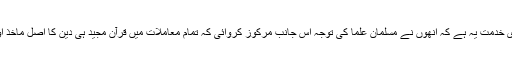
ان کی سب سے بڑی خدمت یہ ہے کہ انھوں نے مسلمان علما کی توجہ اس جانب مرکوز کروائی کہ تمام معاملات میں قرآن مجید ہی دین کا اصل ماخذ اور حتمی حجت ہے۔